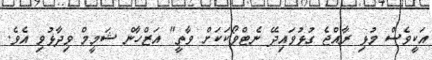
އަކީވެސް މުޅި ރާއްޖެ ގުޅުވައިދޭ ނެޓްވޯކަކަށް ވާތީ" އަޒްހާން ޝަމީމް ވިދާޅުވި އެވެ.